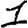
Digit: 1